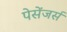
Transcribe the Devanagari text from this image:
पेसेंजर्स